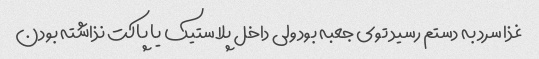
غذا سرد به دستم رسید توی جعبه بود ولی داخل پلاستیک یا پاکت نذاشته بودن